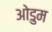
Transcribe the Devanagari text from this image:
ओडुम